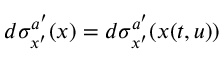
d \sigma _ { x ^ { \prime } } ^ { a ^ { \prime } } ( x ) = d \sigma _ { x ^ { \prime } } ^ { a ^ { \prime } } ( x ( t , u ) )